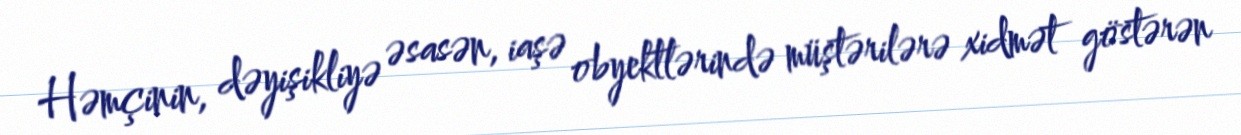
Həmçinin, dəyişikliyə əsasən, iaşə obyektlərində müştərilərə xidmət göstərən